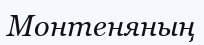
Монтеняның